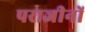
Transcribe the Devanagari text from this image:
पराजीनों